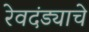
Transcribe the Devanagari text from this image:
रेवदंड्याचे